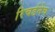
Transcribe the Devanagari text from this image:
रिचर्डनेच